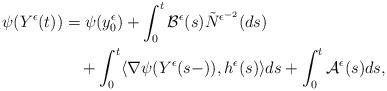
LaTeX: \begin{align*}\begin{aligned}\psi(Y^{\epsilon}(t))&=\psi(y^{\epsilon}_{0})+\int_0^t\mathcal{B}^{\epsilon}(s)\tilde{N}^{\epsilon^{-2}}(ds)\\&\quad+\int_0^t\langle\nabla\psi(Y^{\epsilon}(s-)),h^{\epsilon}(s)\rangle ds+\int_0^t\mathcal{A}^{\epsilon}(s)ds,\end{aligned}\end{align*}